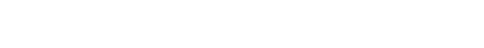
သည်။ မာဝိနဿတု၊ သူများလက်၌ မပျောက်ပျက်စေလင့်။ အယံ တတ္ထ သာမီစိတိ၊